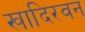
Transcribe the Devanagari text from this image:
खादिरवन